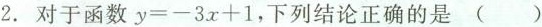
2. 对于函数$$y=-3x+1$$，下列结论正确的是( )